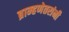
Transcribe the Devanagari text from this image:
ब्राम्हणेतरांनी